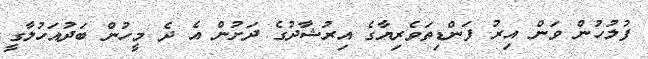
ފުލުހުން ވަން އިރު ފަންޑިތަވެރިޔާގެ އިރުޝާދުގެ ދަށުން އެ ދެ މީހުން ބަދުއަހުލާގީ